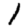
Digit: 1